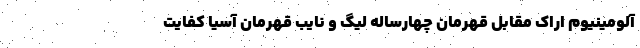
آلومینیوم اراک مقابل قهرمان چهارساله لیگ و نایب قهرمان آسیا کفایت